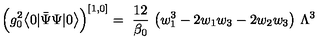
\Big ( g _ { 0 } ^ { 2 } \big < 0 | \bar { \Psi } \Psi | 0 \big > \Big ) ^ { [ 1 , 0 ] } = \ \frac { 1 2 } { \beta _ { 0 } } \ \big ( w _ { 1 } ^ { 3 } - 2 w _ { 1 } w _ { 3 } - 2 w _ { 2 } w _ { 3 } \big ) \ \Lambda ^ { 3 }